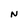
Character: N